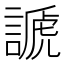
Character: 謕